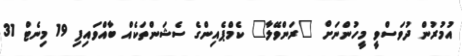
އުމުރުން ދުވަސްވީ މީހުންނަށް "ރަންވޭލާ" ކެމްޕެއިންގެ ސެޝަންތަކެއް ބާއްވައިފި 19 މިނެޓް 31